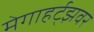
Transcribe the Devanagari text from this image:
मेगाहर्ट्‌झवर